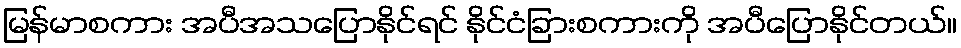
မြန်မာစကား အပီအသပြောနိုင်ရင် နိုင်ငံခြားစကားကို အပီပြောနိုင်တယ်။